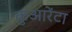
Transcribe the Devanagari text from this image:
कुआरेंटा